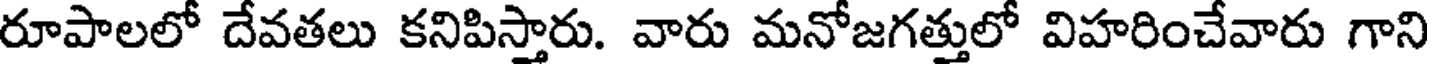
రూపాలలో దేవతలు కనిపిస్తారు. వారు మనోజగత్తులో విహరించేవారు గాని